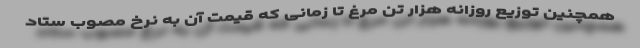
همچنین توزیع روزانه هزار تن مرغ تا زمانی که قیمت آن به نرخ مصوب ستاد